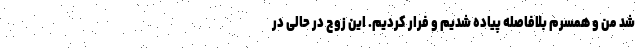
شد من و همسرم بلافاصله پیاده شدیم و فرار کردیم. این زوج در حالی در